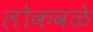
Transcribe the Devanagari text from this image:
लोकवळे